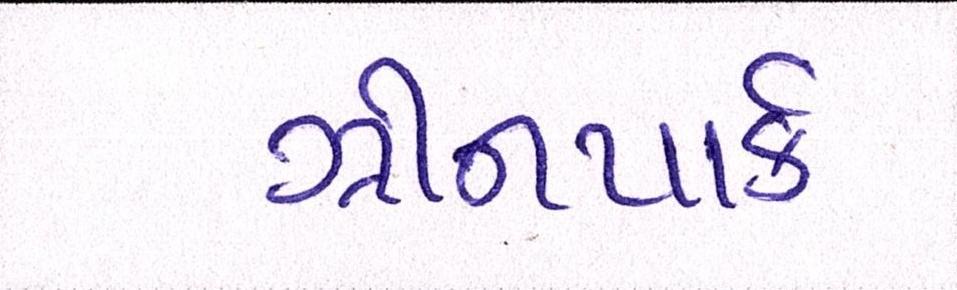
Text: ગ્રીનપાર્ક